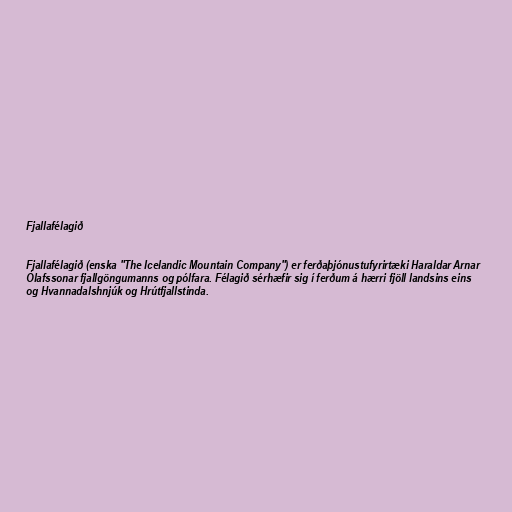
Fjallafélagið

Fjallafélagið (enska "The Icelandic Mountain Company") er ferðaþjónustufyrirtæki Haraldar Arnar
Ólafssonar fjallgöngumanns og pólfara. Félagið sérhæfir sig í ferðum á hærri fjöll landsins eins
og Hvannadalshnjúk og Hrútfjallstinda.